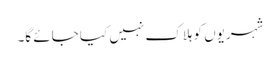
شہریوں کو ہلاک نہیں کیا جائے گا۔